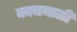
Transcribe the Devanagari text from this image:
काचमाळी